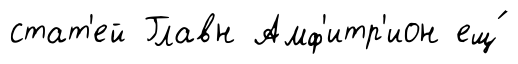
стат'ей Главн Амф'итр'ион ещ́